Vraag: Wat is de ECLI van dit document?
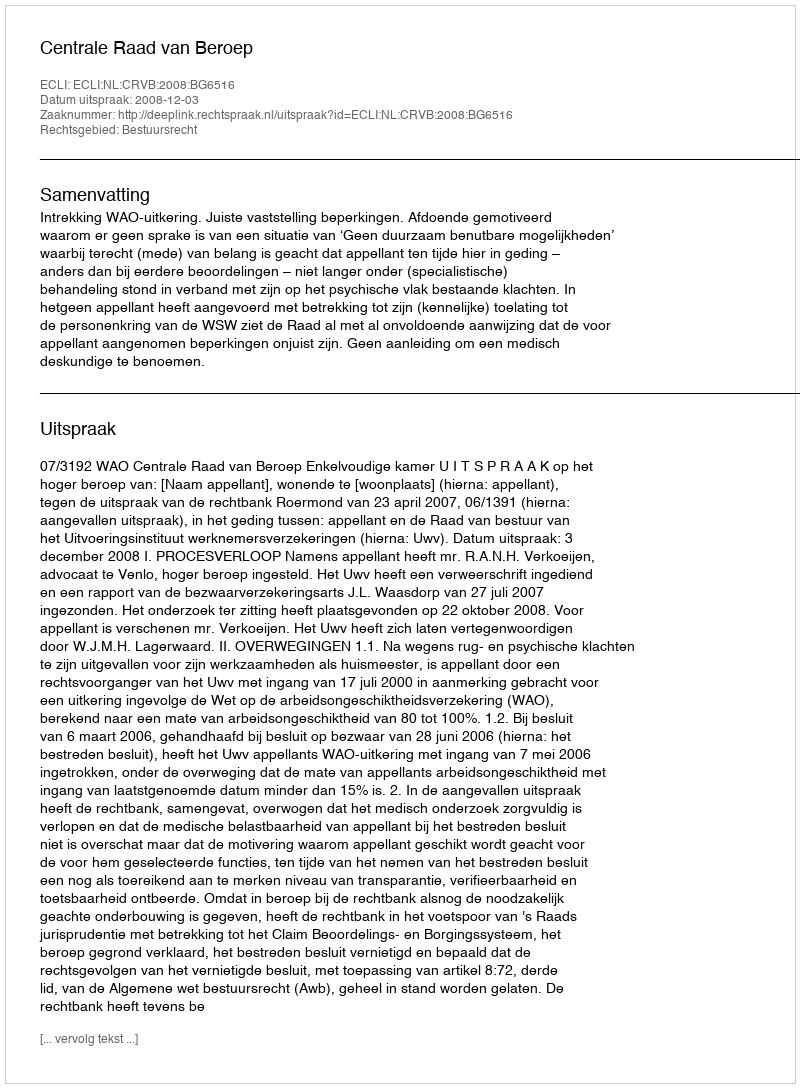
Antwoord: ECLI:NL:CRVB:2008:BG6516